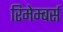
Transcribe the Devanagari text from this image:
रिमेम्बर्स